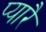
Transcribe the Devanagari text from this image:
प्यारै